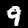
Label: 9